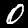
Label: 0